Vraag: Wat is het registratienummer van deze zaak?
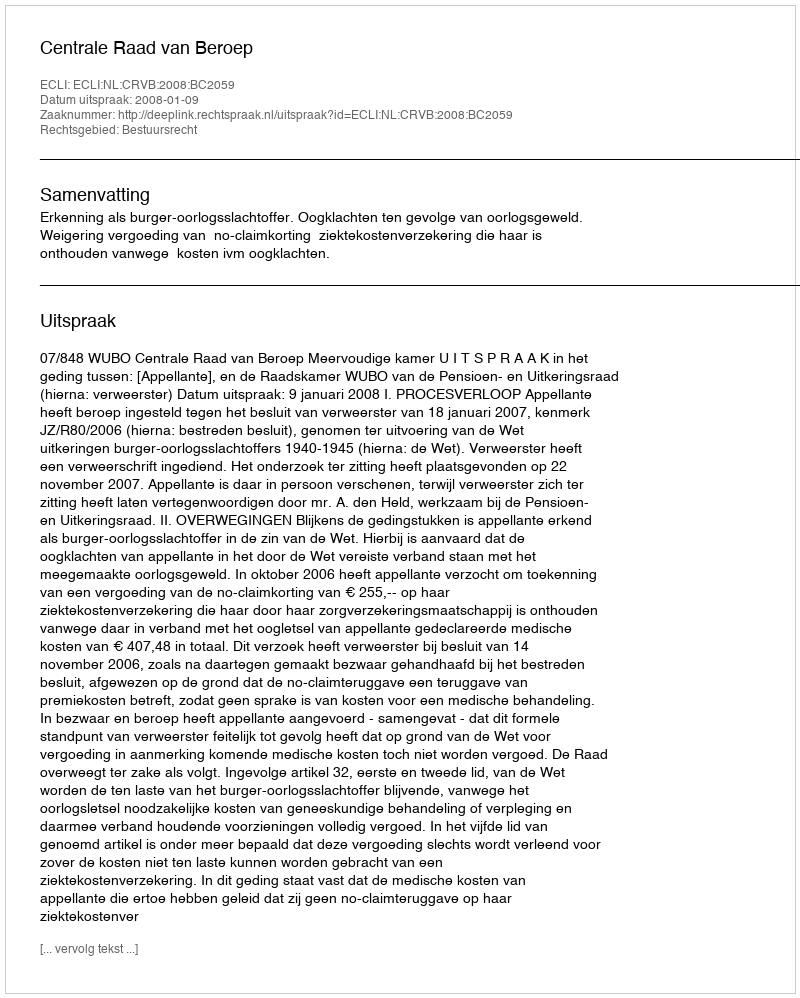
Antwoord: http://deeplink.rechtspraak.nl/uitspraak?id=ECLI:NL:CRVB:2008:BC2059